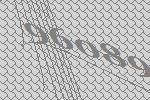
96089